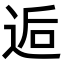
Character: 逅